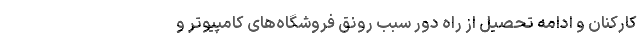
کارکنان و ادامه تحصیل از راه دور سبب رونق فروشگاه‌های کامپیوتر و